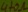
Text: 470Ω